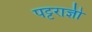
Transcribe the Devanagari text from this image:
पट्टराज्ञी